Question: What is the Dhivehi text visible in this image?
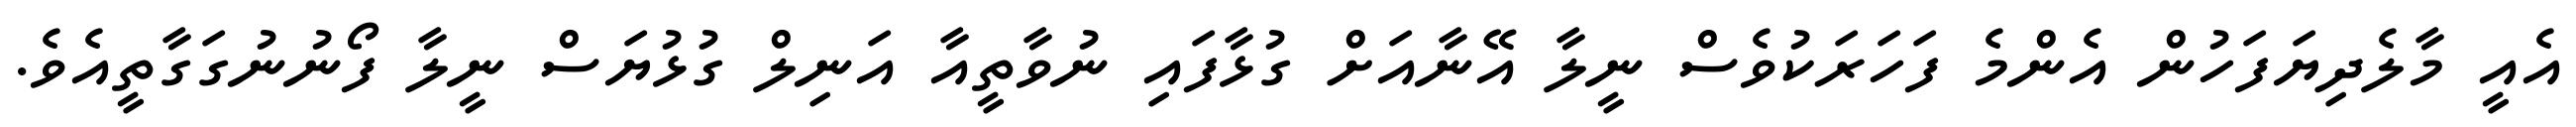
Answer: އެއީ މާލެދިޔަފަހުން އެންމެ ފަހަރަކުވެސް ނީލާ އޭނާއަށް ގުޅާފައި ނުވާތީއާ އަނިލް ގުޅުޔަސް ނީލާ ފޯނުނުގަގާތީއެވެ.